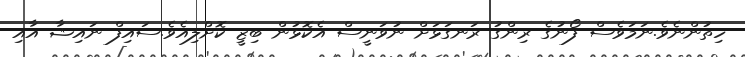
ހިތުންނެވެ.ނަމަވެސް ފޯނުގެ ރިންގު ރަނގަޅަށް ނުވަނީސް އެކޮޅުން ބިޒީ ކޮށްލިއެވެ.ސައިފް ނައިޝާ އާއި